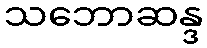
သဘောဆန္ဒ